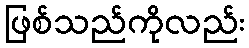
ဖြစ်သည်ကိုလည်း